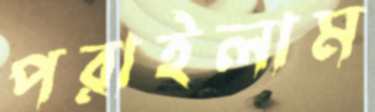
পরাইলাম